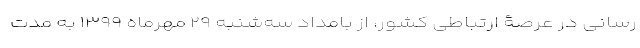
‌رسانی در عرصۀ ارتباطی کشور، از بامداد سه‌شنبه ۲۹ مهرماه ۱۳۹۹ به مدت